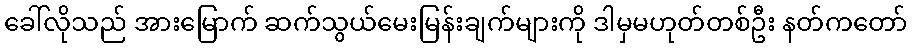
ခေါ်လိုသည် အားမြောက် ဆက်သွယ်မေးမြန်းချက်များကို ဒါမှမဟုတ်တစ်ဦး နတ်ကတော်